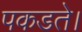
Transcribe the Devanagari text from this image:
पकडते।